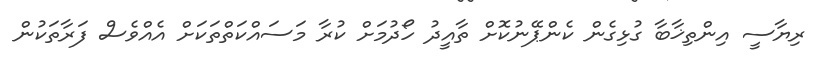
ރިޔާސީ އިންތިޚާބާ ގުޅިގެން ކެންޕޭނުކޮށް ތާއީދު ހޯދުމަށް ކުރާ މަސައްކަތްތަކަށް އެއްވެސް ފަރާތަކުން